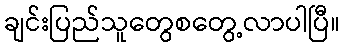
ချင်းပြည်သူတွေစတွေ့လာပါပြီ။